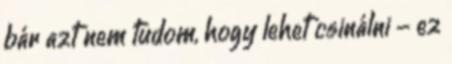
bár azt nem tudom, hogy lehet csinálni - ez